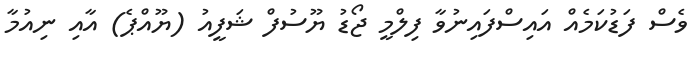
ވެސް ފަޑުކަމެއް އައިސްފައިނުވާ ފިލްމީ ޖޯޑު ޔޫސުފް ޝަފީއު (ޔޫއްޕެ) އާއި ނިއުމާ